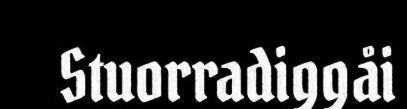
Stuorradiggåi